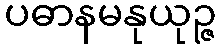
ပဓာနမနုယုဉ္ဇ